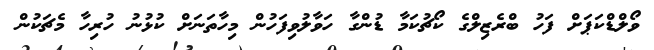
ވޯލްޑްކަޕަށް ފަހު ބްރެޒިލްގެ ކޯޗުކަމާ ޑުންގާ ހަވާލުވިފަހުން މިހާތަނަށް ކުޅުނު ހުރިހާ މެޗަކުން